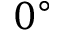
0 ^ { \circ }